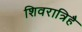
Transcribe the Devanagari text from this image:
शिवरात्रिहै